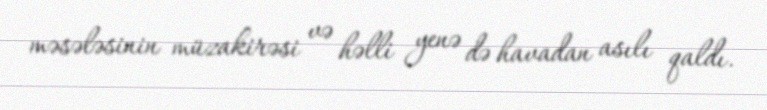
məsələsinin müzakirəsi və həlli yenə də havadan asılı qaldı.